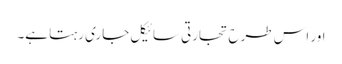
اور اس طرح تجارتی سائیکل جاری رہتا ہے۔